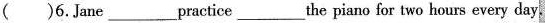
( )6. Jane-practice-the piano for two hours every day.